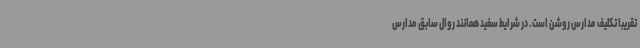
تقریبا تکلیف مدارس روشن است. در شرایط سفید همانند روال سابق مدارس